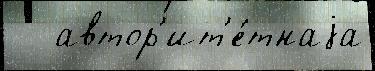
   автор'ит'е́тнаjа